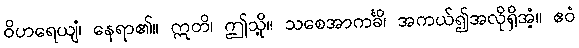
ဝိဟရေယျံ၊ နေရာ၏။ ဣတိ၊ ဤသို့။ သစေအာကင်္ခိ၊ အကယ်၍အလိုရှိအံ့။ ဧဝံ